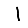
Digit: 1